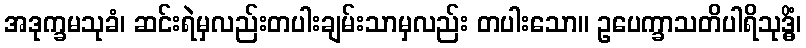
အဒုက္ခမသုခံ၊ ဆင်းရဲမှလည်းတပါးချမ်းသာမှလည်း တပါးသော။ ဥပေက္ခာသတိပါရိသုဒ္ဓိံ၊